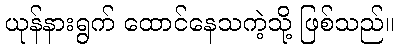
ယုန်နားရွက် ထောင်နေသကဲ့သို့ ဖြစ်သည်။